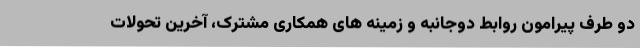
دو طرف پیرامون روابط دوجانبه و زمینه های همکاری مشترک، آخرین تحولات